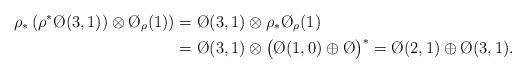
LaTeX: \begin{align*} \rho_* \left( \rho^* \O(3,1))\otimes \O_\rho(1) \right) &= \O(3,1) \otimes \rho_* \O_\rho(1) \\ &= \O(3,1) \otimes \big( \O(1,0) \oplus \O \big)^* = \O(2,1) \oplus \O(3,1).\end{align*}